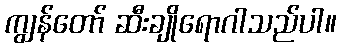
ကျွန်တော် ဆီးချိုရောဂါသည်ပါ။